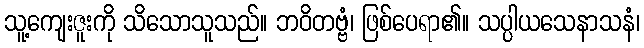
သူ့ကျေးဇူးကို သိသောသူသည်။ ဘဝိတဗ္ဗံ၊ ဖြစ်ပေရာ၏။ သပ္ပါယသေနာသနံ၊